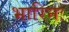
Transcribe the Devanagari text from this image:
भारिनः